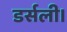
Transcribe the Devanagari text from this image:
डर्सली।